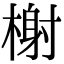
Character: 榭